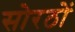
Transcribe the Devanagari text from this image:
सोरठों